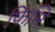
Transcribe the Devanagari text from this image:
फिसि